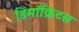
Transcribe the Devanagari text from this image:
डिमॉक्रिटस